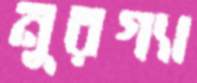
নুরগ্যা